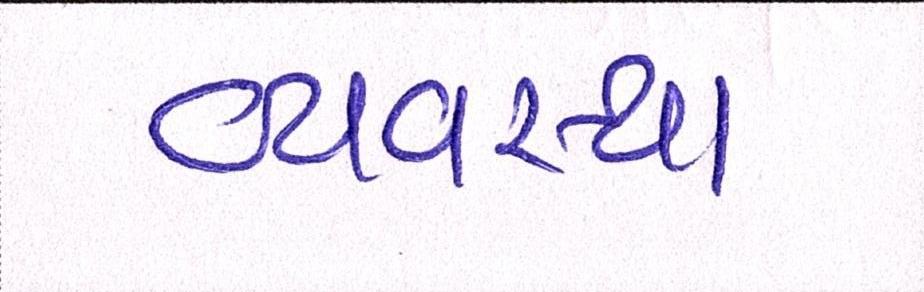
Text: વ્યવ્સથા